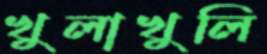
খুলাখুলি